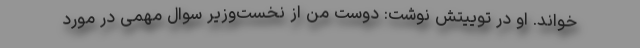
خواند. او در توییتش نوشت: دوست من از نخست‌وزیر سوال مهمی در مورد